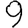
Digit: 9